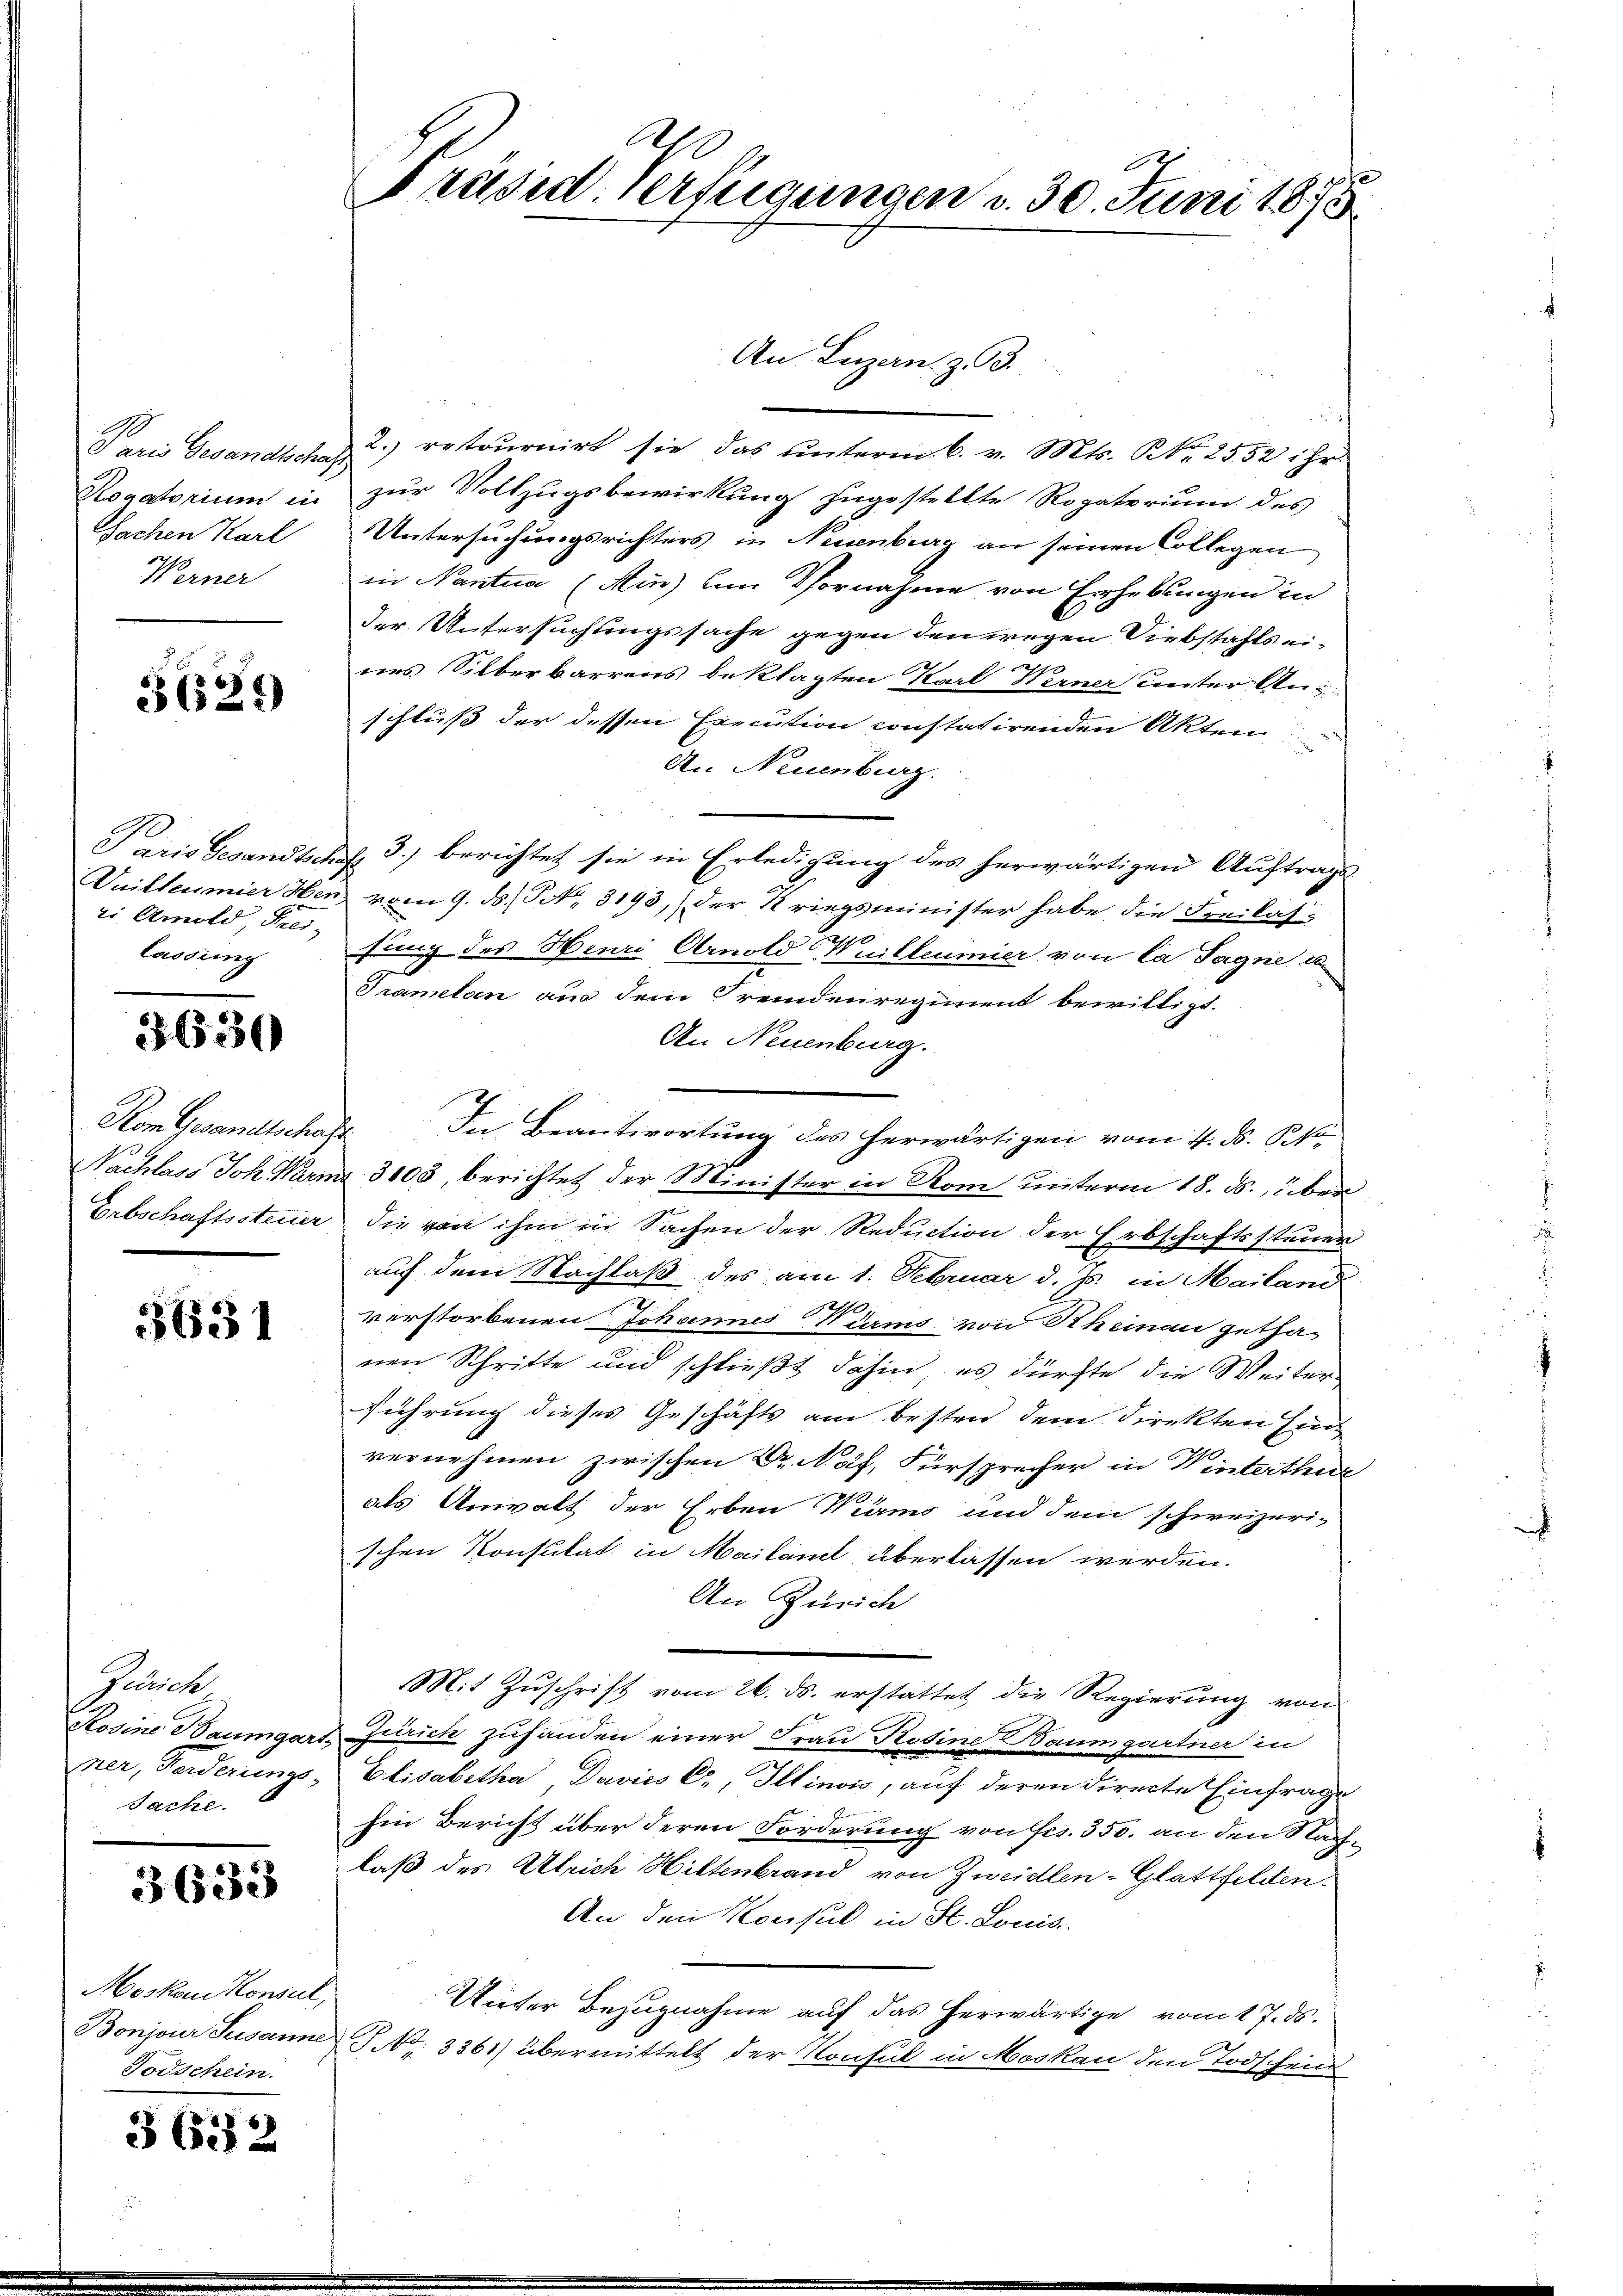
Paris Gesandtschaf
Sachen Karl
Werner

3627)

ri Arnold Frei-
lassung

3630

Kom Gesandtschaft.

5651

Zürich
Sache.

3633

Moskau Konsul,
Todschein.

3632

An Luzern. Z. 93.
d
2) retournirt sie das unterm 6. v. Mts. Nr. 2552 ihr
Rogatorium in zur Vollzugsbewirkung zugestellte Rogaterium des
Untersuchungsrichters in Neuenburg an seinen Collegen
in Nantua (Ain) um Vornahme von Erhebungen in
der Untersuchungssache gegen den wegen Diebstahls eidees Silberbarrens beklagten Karl Werner unter Anschluß der dessen Execution constatirenden Akten
An Neuenburg.
Paris Gesandtschaf 3. berichtet sie in Erledigung des herwärtigen Auftrage
Duilteumier Henz vom 9. ds. S. 3193, der Kriegsminister habe die Freilassung des Henri Arnold Wuilleumier von la Sagne c
Tramelan aus dem Fremdenregiment bewilligt.
An Neuenburg.
In Beantwortung des herwärtigen vom 4. ds. Sko
Nachlass Joh. Wärme 3103, berichtet der Minister in Rom unterm 18. ds., eben
Erbschaftssteuer die von ihm in Sachen der Reduction der Erbschaftssteuer
auf dem Nachlaß des am 1. Februar d. Js. in Mailand
verstorbenen Johannes Wurms von Rheinau getha-
nen Schritte und schließt dahin, es dürfte die Weitere
führung dieses Geschäfts am besten dem direkten Ein-
vernehmen zwischen Dr. Not, Fürsprecher in Wintertheil
als Anwalt der Erben Wurms und dem schweizeri-
schen Konsulat in Mailant überlassen werden.
An Zürich
Mit Zuschrift vom 26. ds. erstattet die Regierung von
Rosine Baumgart Zürich zuhänden einer Frau Rosine Baumgartner in
ner, Ferderungs- Elisabetha, Davics C, Illinois, auf deren directe Einfrage
hin Bericht über deren Forderung von Frs. 350. an den Nachlaß des Ulrich Hiltenbrand von Zweidlen-Glattfelden.
An den Konsul in St. Louis-
Unter Bezugnahme auf das herwärtige vom 17. ds.
Bonjour Susanne P. Nr. 3361) übermittelt der Konsul in Moskau den Todschein

Präsid. Verfügungen d. 30. Juni 1875